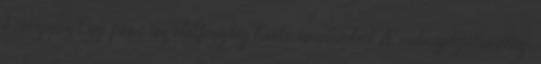
könnygáz Egy perc az életfogytig tartó uralomból A rabszolgatörvény,